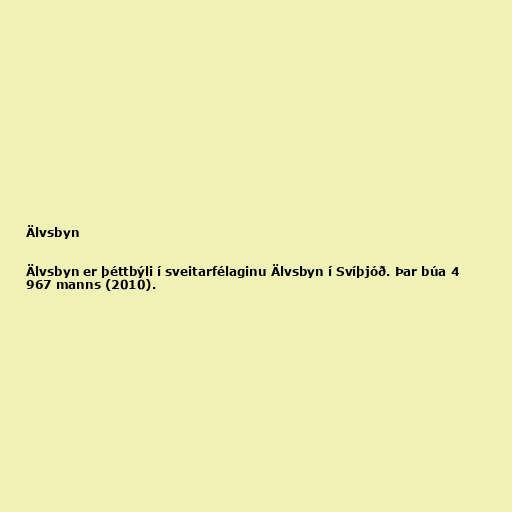
Älvsbyn

Älvsbyn er þéttbýli í sveitarfélaginu Älvsbyn í Svíþjóð. Þar búa 4
967 manns (2010).